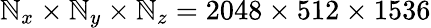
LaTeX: \mathbb{N}_{x}\times\mathbb{N}_{y}\times\mathbb{N}_{z}=2048\times512\times1536